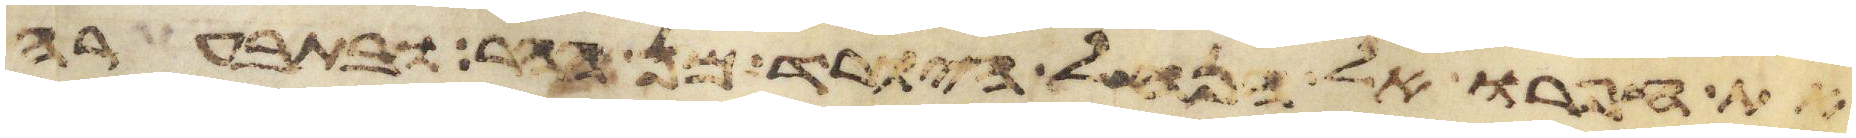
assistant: את עפרו אל הנחל היורד מן ההר ובתבערה